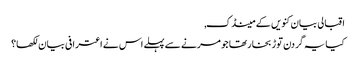
اقبالی بیان کنویں کے مینڈک,
کیا یہ گردن توڑ بخار تھا جو مرنے سے پہلے اس نے اعترافی بیان لکھا؟